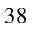
3 8